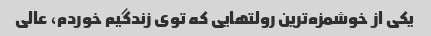
یکی از خوشمزه‌ترین رولتهایی که توی زندگیم خوردم، عالی